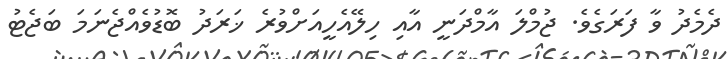
ދެމެދު ވާ ފަރަގެވެ. ޖުމްލަ އާމްދަނީ އާއި ހިލޭއެހީއަށްވުރެ ޚަރަދު ބޮޑުވެއްޖެނަމަ ބަޖެޓު